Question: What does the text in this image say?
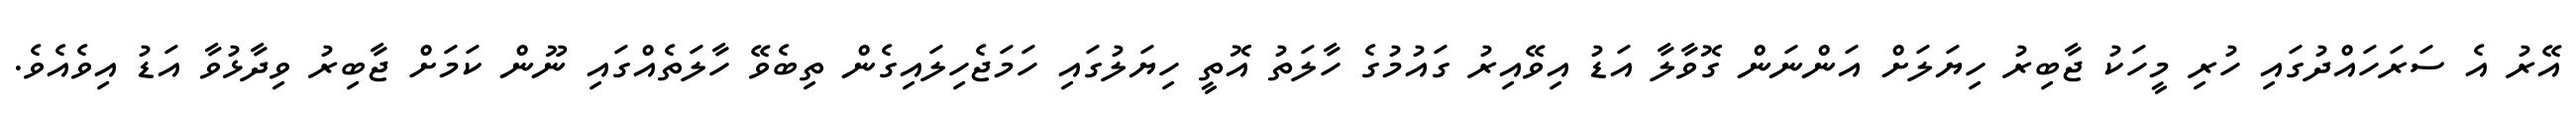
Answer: އޭރު އެ ސަރަހައްދުގައި ހުރި މީހަކު ޖާބިރު ހިޔަލަށް އަންނަން ގޮވާލާ އަޑު އިވޭއިރު ގައުމުގެ ހާލަތު އޮތީ ހިޔަލުގައި ހަމަޖެހިލައިގެން ތިބެވޭ ހާލަތެއްގައި ނޫން ކަމަށް ޖާބިރު ވިދާޅުވާ އަޑު އިވެއެވެ.